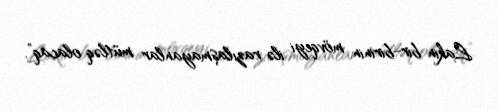
Lakin bir-birinin mövqeyi ilə razılaşmayanlar mütləq olacaq”.